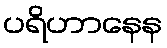
ပရိဟာနေန